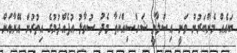
ބައެއް މެންބަރުން ވަނީ އިސްލާމީ ޝަހްސިއްޔަތާ މެދު ސުވާލު އުފެއްދުމުގެ އިތުރުން އޭނާއަށް